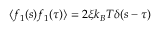
\langle f _ { 1 } ( s ) f _ { 1 } ( \tau ) \rangle = 2 \xi k _ { B } T \delta ( s - \tau )